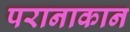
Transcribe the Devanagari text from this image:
परानाकान